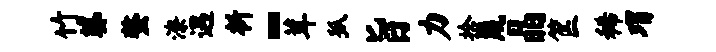
竹婆螯潦遇析~茸狐旨力拾蔑晶筐稀瑁